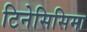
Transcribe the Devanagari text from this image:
टिनेसिसिमा